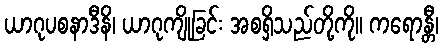
ယာဂုပစနာဒီနိ၊ ယာဂုကျိုခြင်း အစရှိသည်တို့ကို။ ကရောန္တီ၊